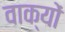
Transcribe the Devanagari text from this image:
वाक्‍यों